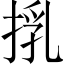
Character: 𢯚